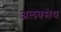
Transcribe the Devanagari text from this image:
अलक्सेय